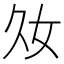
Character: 𡚮